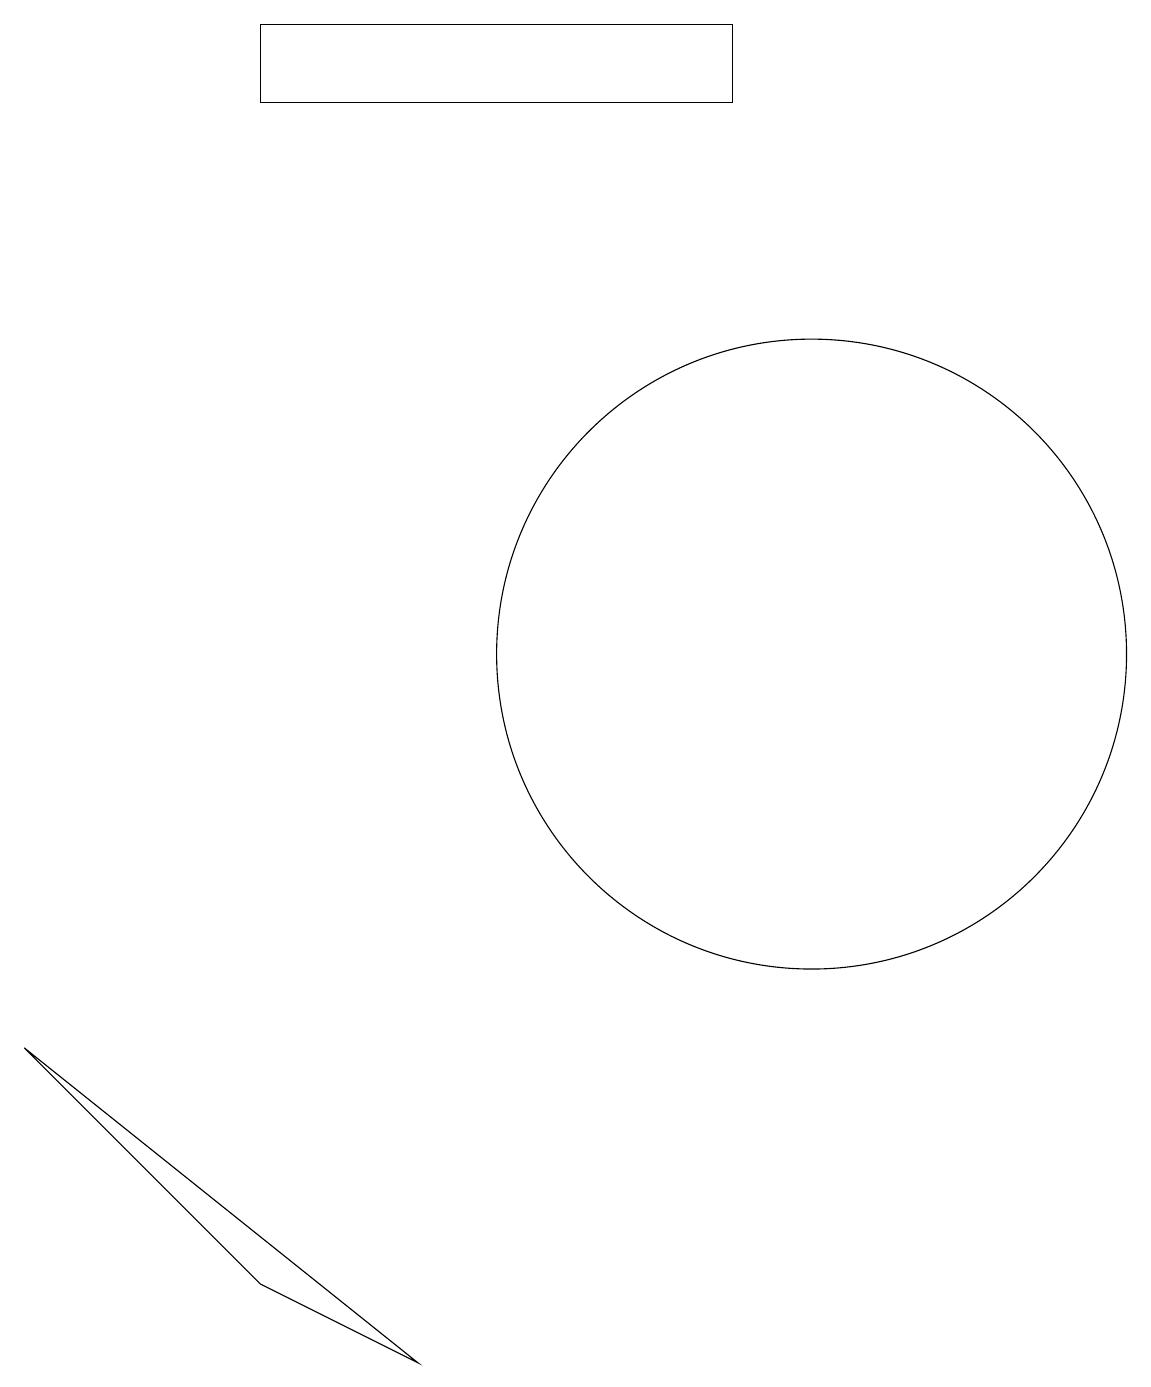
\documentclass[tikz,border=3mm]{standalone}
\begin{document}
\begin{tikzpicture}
\draw (10,11) circle (4);
\draw (0,6) -- (5,2) -- (3,3) -- cycle;
\draw (3,18) rectangle (9,19);
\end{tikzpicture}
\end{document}